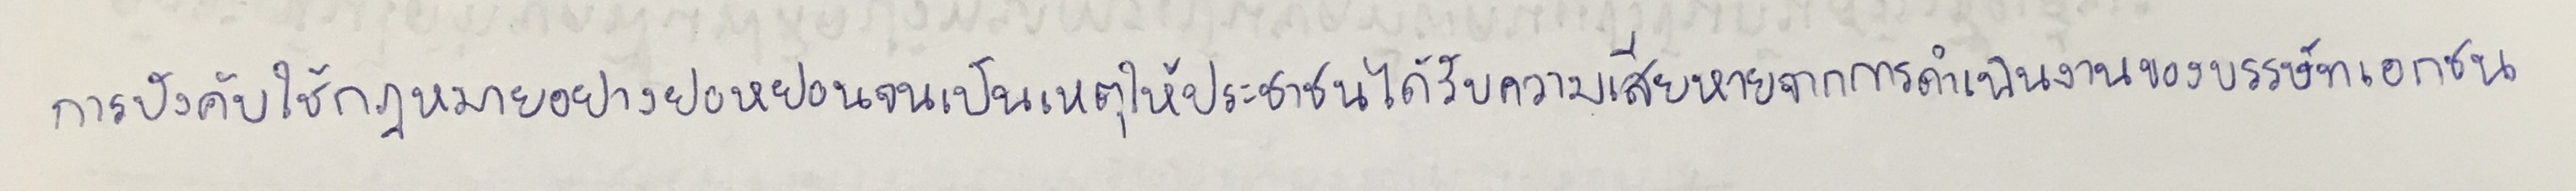
การบังคับใช้กฎหมายอย่างย่อหย่อนจนเป็นเหตุให้ประชาชนได้รับความเสียหายจากการดำเนินการของบรรษัทเอกชน